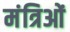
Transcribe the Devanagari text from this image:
मंत्रिओं